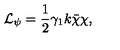
{ \cal L } _ { \psi } = \frac { 1 } { 2 } \gamma _ { 1 } k \bar { \chi } \chi ,